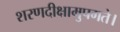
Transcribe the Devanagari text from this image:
शरणदीक्षामुपगते।